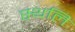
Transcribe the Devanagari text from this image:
स्थलिं